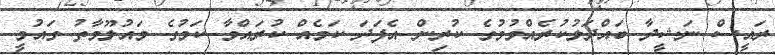
ރައީސް ނަޝީދާ ބައްދަލުކުރެއްވުމުގެ ކުރިން އެފަދަ ކަމެއް ކުރައްވާ ކަމުގެ މައުލޫމާތު ގައުމީ